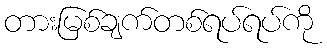
တားမြစ်ချက်တစ်ရပ်ရပ်ကို